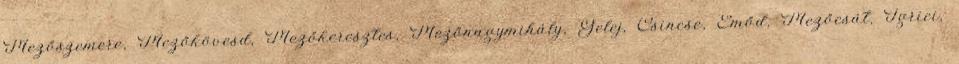
Mezőszemere, Mezőkövesd, Mezőkeresztes, Mezőnagymihály, Gelej, Csincse, Emőd, Mezőcsát, Igrici,